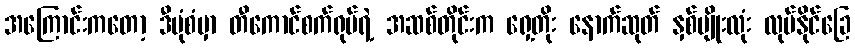
အကြောင်းကတော့ ဒီပုံစံမှာ တီကောင်စက်ရုပ်ရဲ့ အဆစ်တိုင်းက ရှေ့တိုး နောက်ဆုတ် နှစ်မျိုးလုံး လုပ်နိုင်ခြေ